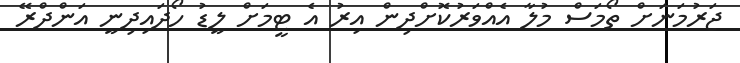
ޖަރުމަނަށް ތޯމަސް މުލާ އެއްވަރުކޮށްދިން އިރު އެ ޓީމަށް ލީޑު ހޯދައިދިނީ އަންދްރޭ